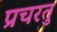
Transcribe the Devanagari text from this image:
प्रचरतु